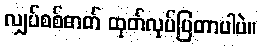
လျှပ်စစ်ဓာတ် ထုတ်လုပ်ပြတာပါပဲ။